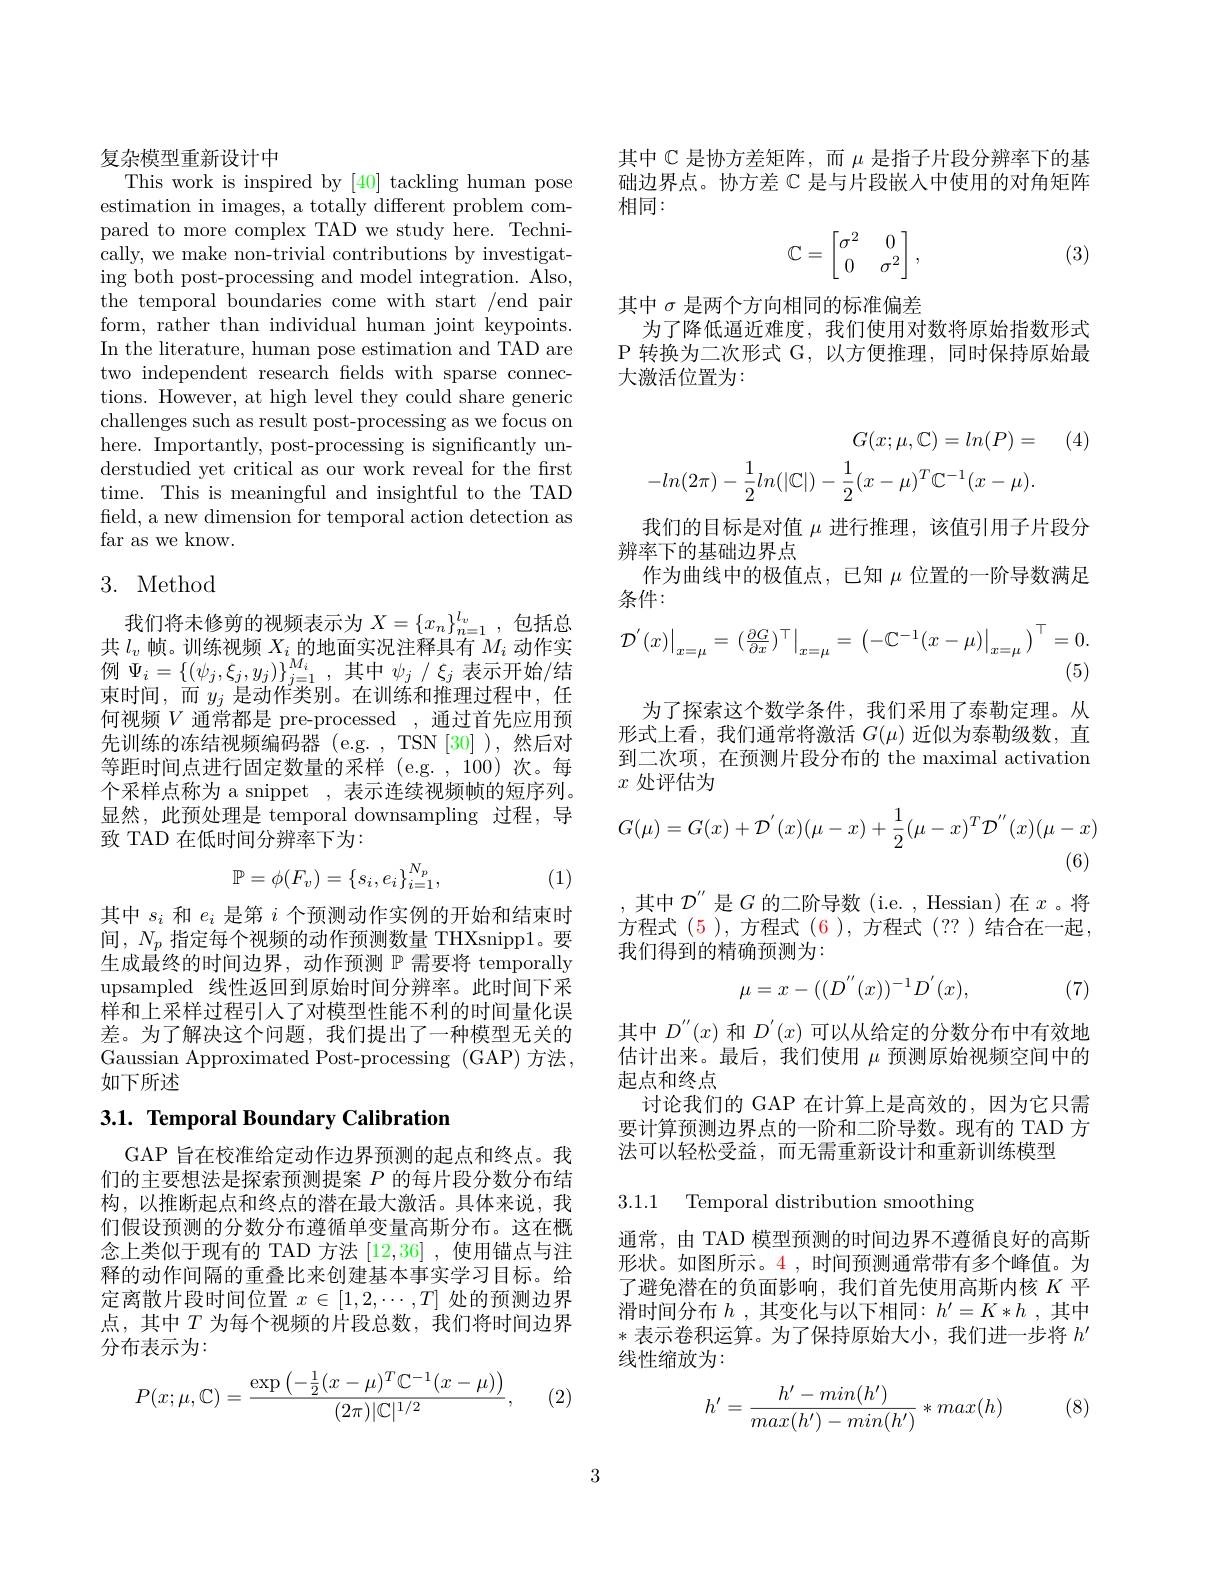
复杂模型重新设计中
This work is inspired by [40] tackling human pose

estimation in images, a totally different problem compared to more complex TAD we study here. Technically, we make non-trivial contributions by investigating both post-processing and model integration. Also, the temporal boundaries come with start /end pair form, rather than individual human joint keypoints. In the literature, human pose estimation and TAD are two independent research felds with sparse connections. However, at high level they could share generic challenges such as result post-processing as we focus on here. Importantly, post-processing is significantly understudied yet critical as our work reveal for the first time. This is meaningful and insightful to the TAD field, a new dimension for temporal action detection as far as we know.

# 3. Method

我们将未修剪的视频表示为$X=\{x_n\}_{n=1}^{l_v}$,包括总共$l_v$帧。训练视频$X_i$的地面实况注释具有$M_i$动作实例$\Psi_i=\{(\psi_j,\xi_j,y_j)\}_{j=1}^{M_i}$,其中$\psi_j/\xi_j$表示开始/结束时间，而$y_j$是动作类别。在训练和推理过程中，任何视频$V$通常都是 pre-processed , 通过首先应用预先训练的冻结视频编码器(e.g.,TSN[30]),然后对等距时间点进行固定数量的采样(e.g.,100)次。每个采样点称为 a snippet , 表示连续视频帧的短序列。显然，此预处理是 temporal downsampling 过程，导致 TAD 在低时间分辨率下为：
$$\mathbb{P}=\phi(F_v)=\{s_i,e_i\}_{i=1}^{N_p},$$
(1)

其中$s_i$和$e_i$是第$i$个预测动作实例的开始和结束时间，$N_p$指定每个视频的动作预测数量 THXsnipp1。要生成最终的时间边界，动作预测$\mathbb{P}$需要将 temporally upsampled 线性返回到原始时间分辨率。此时间下采样和上采样过程引人了对模型性能不利的时间量化误差。为了解决这个问题，我们提出了一种模型无关的Gaussian Approximated Post-processing (GAP) 方法， 如下所述

## $3. 1. \textbf{ Temporal Boundary Calibration}$

GAP 旨在校准给定动作边界预测的起点和终点。我们的主要想法是探索预测提案$P$的每片段分数分布结构，以推断起点和终点的潜在最大激活。具体来说，我们假设预测的分数分布遵循单变量高斯分布。这在概念上类似于现有的 TAD 方法[12,36] ,使用锚点与注释的动作间隔的重叠比来创建基本事实学习目标。给定离散片段时间位置$x\in[1,2,\cdots,T]$处的预测边界点，其中$T$为每个视频的片段总数，我们将时间边界分布表示为：
$$P(x;\mu,\mathbb C)=\frac{\exp\left(-\frac{1}{2}(x-\mu)^T\mathbb C^{-1}(x-\mu)\right)}{(2\pi)|\mathbb C|^{1/2}},$$
(2

其中$\mathbb{C}$是协方差矩阵，而$\mu$是指子片段分辨率下的基础边界点。协方差$\mathbb{C}$是与片段嵌入中使用的对角矩阵相同：
$$\mathbb C=\begin{bmatrix}\sigma^2&&0\\0&&\sigma^2\end{bmatrix},$$
(3)

其中$\sigma$是两个方向相同的标准偏差
为了降低逼近难度，我们使用对数将原始指数形式P 转换为二次形式 G,以方便推理，同时保持原始最大激活位置为：

(4)
$$G(x;\mu,\mathbb{C})=ln(P)=\\-ln(2\pi)-\frac{1}{2}ln(|\mathbb{C}|)-\frac{1}{2}(x-\mu)^{T}\mathbb{C}^{-1}(x-\mu).$$
我们的目标是对值$\mu$进行推理，该值引用子片段分
辨率下的基础边界点
作为曲线中的极值点，已知$\mu$位置的一阶导数满足
条件：
$$\left.\mathcal{D}^{'}(x)\right|_{x=\mu}=\left.(\frac{\partial G}{\partial x})^{\top}\right|_{x=\mu}=\left.\left(-\mathbb{C}^{-1}(x-\mu)\right|_{x=\mu}\right)^{\top}=0.$$
为了探索这个数学条件，我们采用了泰勒定理。从形式上看，我们通常将激活$G(\mu)$近似为泰勒级数，直到二次项，在预测片段分布的 the maximal activation $x$处评估为
$$G(\mu)=G(x)+\mathcal{D}^{'}(x)(\mu-x)+\frac{1}{2}(\mu-x)^{T}\mathcal{D}^{''}(x)(\mu-x)$$
(6)
其中$\mathcal{D}^{\prime\prime}$ 是$G$ 的二阶导数(i.e., Hessian)在 $x$。将方程式(5),方程式(6),方程式(??)结合在一起， 我们得到的精确预测为：
$$\mu=x-((D^{''}(x))^{-1}D^{'}(x),$$
(7)

其中$D^{\prime\prime}(x)$和$D^{\prime}(x)$可以从给定的分数分布中有效地估计出来。最后，我们使用$\mu$预测原始视频空间中的起点和终点
讨论我们的 GAP 在计算上是高效的，因为它只需要计算预测边界点的一阶和二阶导数。现有的 TAD 方法可以轻松受益，而无需重新设计和重新训练模型

3.1.1 Temporal distribution smoothing

通常，由 TAD 模型预测的时间边界不遵循良好的高斯形状。如图所示。4 ,时间预测通常带有多个峰值。为了避免潜在的负面影响，我们首先使用高斯内核$K$平滑时间分布$h$ ,其变化与以下相同：$h^\prime=K*h$ ,其中*表示卷积运算。为了保持原始大小，我们进一步将$h^\prime$ 线性缩放为：
$$h'=\frac{h'-min(h')}{max(h')-min(h')}*max(h)$$
(8)

3